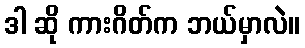
ဒါ ဆို ကားဂိတ်က ဘယ်မှာလဲ။